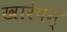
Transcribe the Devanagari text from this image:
खारेपन्